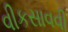
વીકસાવવી